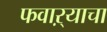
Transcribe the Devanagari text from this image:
फवाऱ्याचा